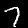
Label: 7